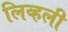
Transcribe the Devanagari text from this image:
लिव्हली